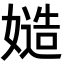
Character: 𡠻